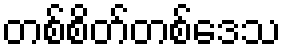
တစ်စိတ်တစ်ဒေသ